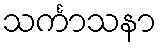
သင်္ကာသနာ